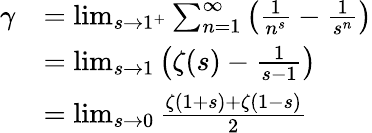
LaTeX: {\begin{array}{rl}{\gamma}&{=\operatorname*{lim}_{s\to 1^{+}}\sum_{n=1}^{\infty}\left({\frac{1}{n^{s}}}-{\frac{1}{s^{n}}}\right)}\\ &{=\operatorname*{lim}_{s\to 1}\left(\zeta(s)-{\frac{1}{s-1}}\right)}\\ &{=\operatorname*{lim}_{s\to 0}{\frac{\zeta(1+s)+\zeta(1-s)}{2}}}\end{array}}